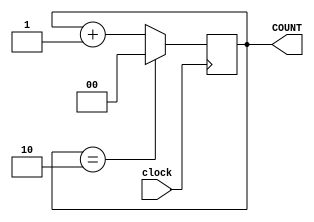
`timescale 1ns / 1ps
//////////////////////////////////////////////////////////////////////////////////
// Company: 
// Engineer: 
// 
// Design Name: 
// Module Name: taskC_counter
// Project Name: 
// Target Devices: 
// Tool Versions: 
// Description: 
// 
// Dependencies: 
// 
// Revision:
// Revision 0.01 - File Created
// Additional Comments:
// 
//////////////////////////////////////////////////////////////////////////////////


module taskC_counter (input clock, output reg [1:0] COUNT = 0);
    
    always @ (posedge clock) begin
        COUNT <= (COUNT == 2'b10) ? 0 : COUNT + 1;
    end
    
endmodule